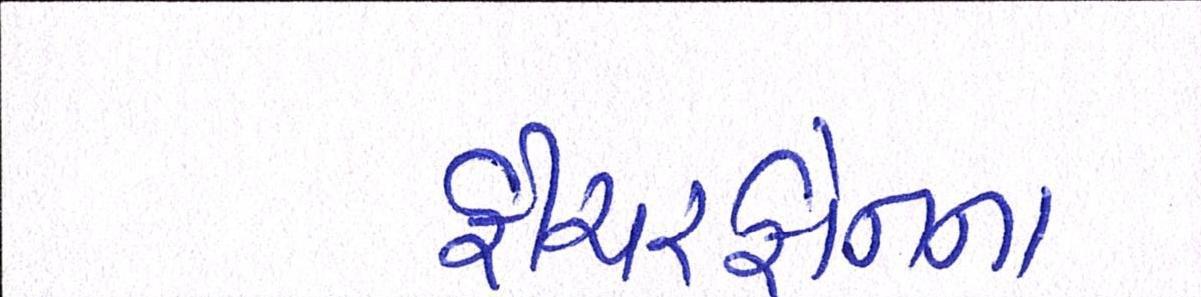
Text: ફીચરફોનના